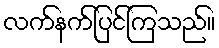
လက်နက်ပြင်ကြသည်။